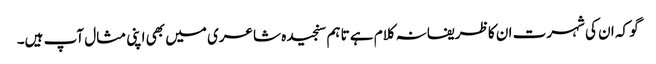
گو کہ ان کی شہرت ان کا ظریفانہ کلام ہے تاہم سنجیدہ شاعری میں بھی اپنی مثال آپ ہیں۔